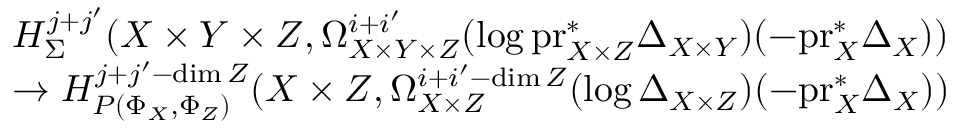
\begin{array} { r l } & { H _ { \Sigma } ^ { j + j ^ { \prime } } ( X \times Y \times Z , \Omega _ { X \times Y \times Z } ^ { i + i ^ { \prime } } ( \log \mathrm { p r } _ { X \times Z } ^ { * } \Delta _ { X \times Y } ) ( - \mathrm { p r } _ { X } ^ { * } \Delta _ { X } ) ) } \\ & { \to H _ { P ( \Phi _ { X } , \Phi _ { Z } ) } ^ { j + j ^ { \prime } - \dim Z } ( X \times Z , \Omega _ { X \times Z } ^ { i + i ^ { \prime } - \dim Z } ( \log \Delta _ { X \times Z } ) ( - \mathrm { p r } _ { X } ^ { * } \Delta _ { X } ) ) } \end{array}